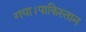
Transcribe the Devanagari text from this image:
गया।पाकिस्तान